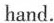
hand.